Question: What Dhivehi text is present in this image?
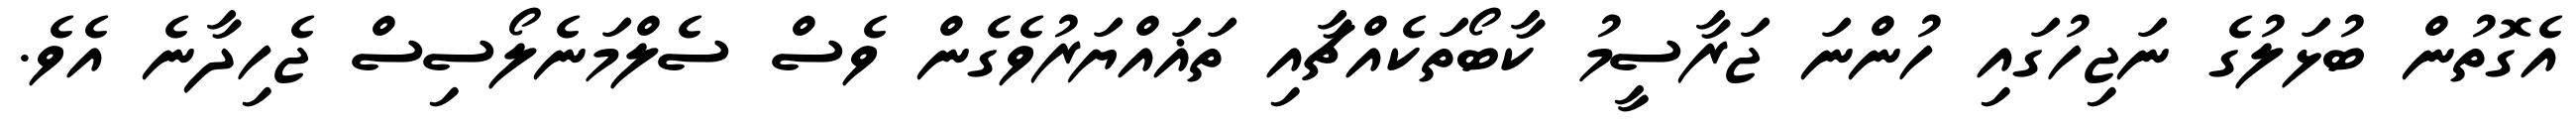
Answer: އެގޮތުން ބުޅަލުގެ ނަޖިހުގައި ހުންނަ ޖަރާސީމު ކާބޯތަކެއްޗާއި ތަޣައްޔަރުވެގެން ވެސް ސެލްމަނެލޯސިސް ޖެހިދާނެ އެވެ.